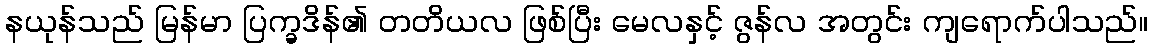
နယုန်သည် မြန်မာ ပြက္ခဒိန်၏ တတိယလ ဖြစ်ပြီး မေလနှင့် ဇွန်လ အတွင်း ကျရောက်ပါသည်။